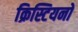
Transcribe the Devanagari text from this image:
क्रिस्टियनो